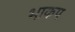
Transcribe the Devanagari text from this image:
भाकप